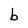
Character: b